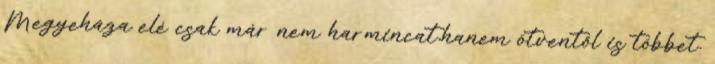
Megyeháza elé csak már nem harmincat,hanem ötventől is többet.